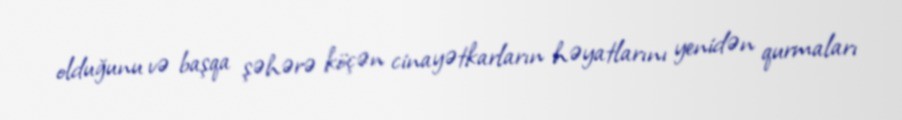
olduğunu və başqa şəhərə köçən cinayətkarların həyatlarını yenidən qurmaları